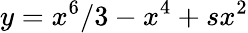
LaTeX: y=x^{6}/3-x^{4}+sx^{2}